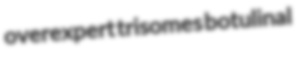
overexpert trisomes botulinal